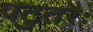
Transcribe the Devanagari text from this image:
पटुतरैः